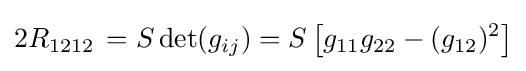
2R_{1212}\,=S\det(g_{ij})=S\left[g_{11}g_{22}-(g_{12})^{2}\right]